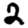
Digit: 2